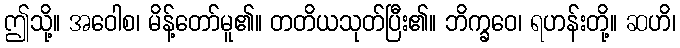
ဤသို့။ အဝေါစ၊ မိန့်တော်မူ၏။ တတိယသုတ်ပြီး၏။ ဘိက္ခဝေ၊ ရဟန်းတို့။ ဆဟိ၊